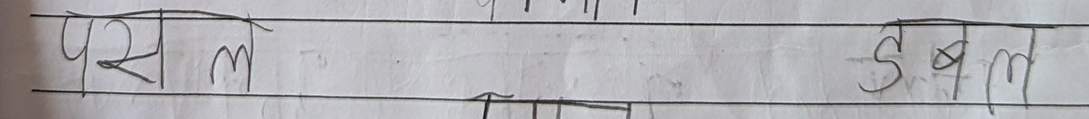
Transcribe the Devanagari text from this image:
पर्सनल       डबल